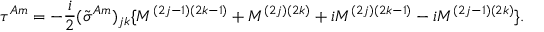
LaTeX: \tau ^ { A m } = - \frac { i } { 2 } ( \tilde { \sigma } ^ { A m } ) _ { j k } \{ M ^ { ( 2 j - 1 ) ( 2 k - 1 ) } + M ^ { ( 2 j ) ( 2 k ) } + i M ^ { ( 2 j ) ( 2 k - 1 ) } - i M ^ { ( 2 j - 1 ) ( 2 k ) } \} .